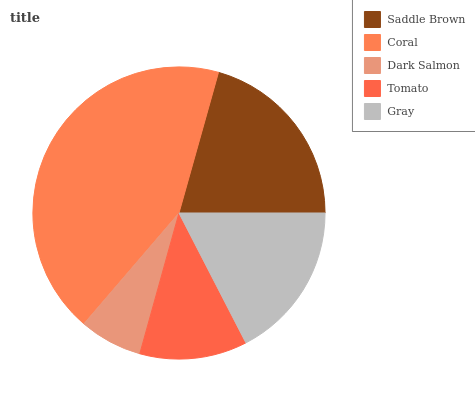
| Saddle Brown | Coral | Dark Salmon | Tomato | Gray |
 | --- | --- | --- | --- | --- |
 | 20.7% | 43.1% | 6.97% | 11.9% | 17.3% |